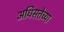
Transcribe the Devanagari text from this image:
अधिसत्तेच्या